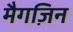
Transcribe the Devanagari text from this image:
मैगज़िन